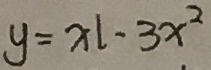
y = x l - 3 x ^ { 2 }